Civil Veterinary Dept. North-West Frontier Province 1901-22 - 1901-1922
Year: 1901
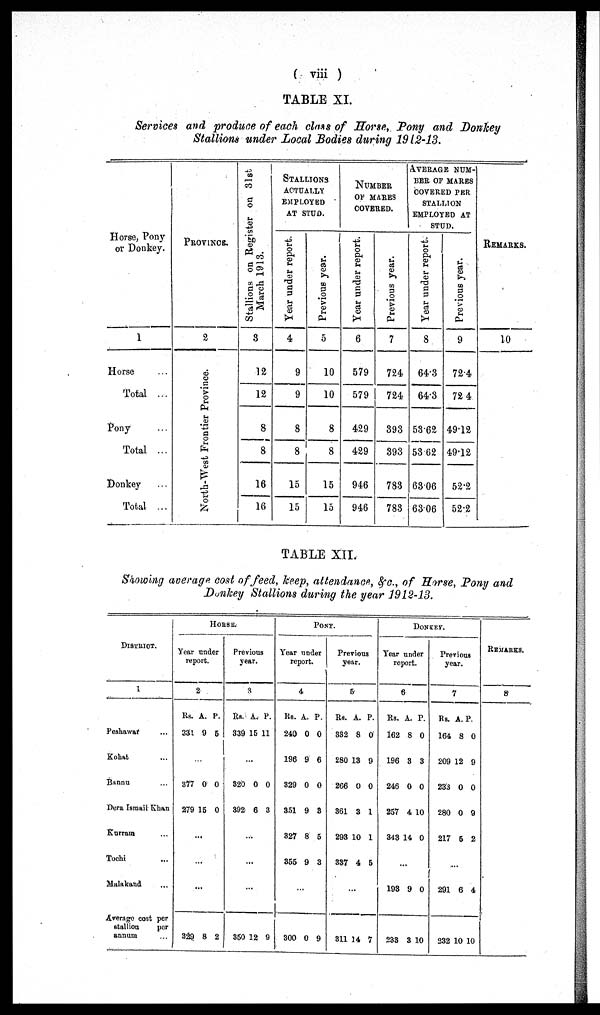
( viii )
TABLE XI.
Services and produce of each class of Horse, Pony and Donkey
Stallions under Local Bodies during 1912-13.
Horse, Pony
or Donkey.
1
Horse
Total ...
Pony
Total ...
Donkey
Total ...
PROVINCE.
2
North-West Frontier Province.
Stallions on Register on 31st
March 1913.
3
12
12
8
8
16
16
STALION
ACTUALLY
EMPLOYED
AT STUD.
Year under report.
4
9
9
8
8
15
15
Previous year.
5
10
10
8
8
15
15
NUMBER
OF MARES
COVERED.
Year under report.
6
579
579
429
429
946
946
Previous year.
7
724
724
393
393
783
783
AVERAGE NUM-
BER OF MARES
COVERED PER
STALLION
EMPLOYED AT
STUD.
Year under report.
8
64.3
64.3
53.62
53.62
63.06
63.06
Previous year.
9
72.4
72 4
49.12
49.12
52.2
52.2
REMARKS.
10
TABLE XII.
Showing average cost of feed, keep, attendance, &c., of Horse, Pony and
Donkey Stallions during the year 1912-13.
DISTRICT.
1
Peshawar
Kohat ...
Bannu ...
Dera Ismail Khan
Kurram ...
Tochi ...
Malakand ...
Average cost per
stallion per
annum ...
HORSE.
Year under
report.
2
Rs.
331
377
279
...
...
329
A.
9
...
0
15
...
...
...
8
P.
5
0
0
2
Previous
year.
3
Rs.
339
320
392
350
A.
15
0
6
...
...
...
12
P.
11
0
3
9
PONY.
Year under
report.
4
Rs.
240
196
329
351
327
355
300
A.
0
9
0
9
8
9
0
P.
0
6
0
3
5
3
9
Previous
year.
5
Rs.
382
280
266
361
293
337
311
A.
8
13
0
3
10
4
14
P.
0
9
0
1
1
5
7
DONKEY.
Year under
report.
6
Rs.
162
196
246
257
343
193
233
A.
8
3
0
4
14
...
9
3
P.
0
3
0
10
0
0
10
Previous
year.
7
Rs.
164
209
233
280
217
291
232
A.
8
12
0
0
5
...
6
10
P.
0
9
0
9
2
4
10
REMARKS.
8